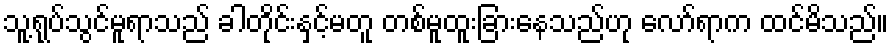
သူ့ရုပ်သွင်မူရာသည် ခါတိုင်းနှင့်မတူ တစ်မူထူးခြားနေသည်ဟု လော်ရာက ထင်မိသည်။